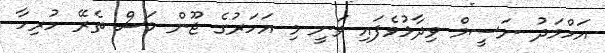
އަހްމަދު ނަސީމް ވިދާޅުވެފައި ވަނީ މި އަހަރުގެ ޖޫން މަސް ތެރޭ ހުރިހާ